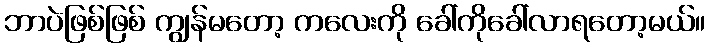
ဘာပဲဖြစ်ဖြစ် ကျွန်မတော့ ကလေးကို ခေါ်ကိုခေါ်လာရတော့မယ်။